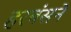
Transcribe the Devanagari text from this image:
हरबंसने